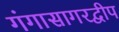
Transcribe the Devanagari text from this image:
गंगासागरद्वीप